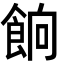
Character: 餉